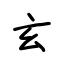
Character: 玄